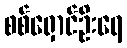
စစ်ရှောင်ဦးရေ